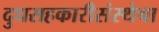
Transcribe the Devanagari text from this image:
दुधसहकारीसंस्थेचा